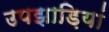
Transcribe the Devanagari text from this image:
उपझाड़ियां